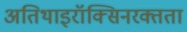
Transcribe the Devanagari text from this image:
अतिथाइरॉक्सिनरक्तता